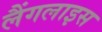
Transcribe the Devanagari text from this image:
लैंगलाइस